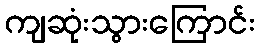
ကျဆုံးသွားကြောင်း